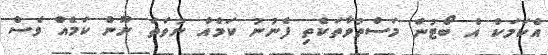
އެކަމަކު އެ ބޯޓުން މަސްތުވާތަކެތި ފެނުނު ކަމެއް ނުވަަތަ ނޫން ކަމެއް ވެސް